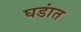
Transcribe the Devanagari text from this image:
घडांत